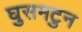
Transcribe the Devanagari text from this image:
घुसमटुन